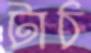
টাঠ